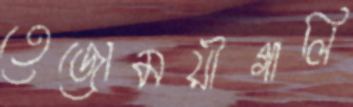
তেজোময়ীগালি